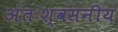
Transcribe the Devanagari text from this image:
अंतःश्वसनीय